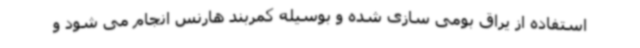
استفاده از یراق بومی سازی شده و بوسیله کمربند هارنس انجام می شود و